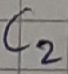
Text: C2